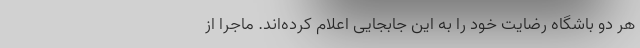
هر دو باشگاه رضایت خود را به این جابجایی اعلام کرده‌اند. ماجرا از